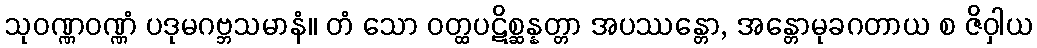
သုဝဏ္ဏဝဏ္ဏံ ပဒုမဂဗ္ဘသမာနံ။ တံ သော ဝတ္ထပဋိစ္ဆန္နတ္တာ အပဿန္တော, အန္တောမုခဂတာယ စ ဇိဝှါယ